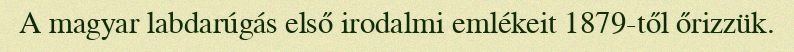
A magyar labdarúgás első irodalmi emlékeit 1879-től őrizzük.